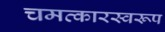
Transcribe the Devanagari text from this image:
चमत्‍कारस्‍वरूप